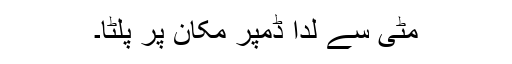
مٹی سے لدا ڈمپر مکان پر پلٹا۔